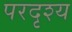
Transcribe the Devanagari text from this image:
परदृश्य